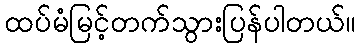
ထပ်မံမြင့်တက်သွားပြန်ပါတယ်။